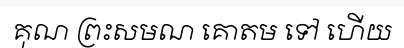
គុណ ព្រះសមណ គោតម ទៅ ហើយ